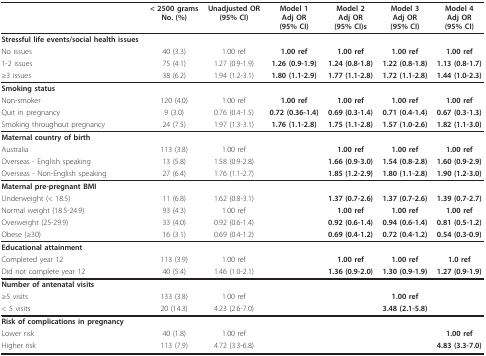
<table><thead><tr><td>[EMPTY_CELL]</td><td><b>&lt; 2500 gramsNo. (%)</b></td><td><b>Unadjusted OR(95% CI)</b></td><td><b>Model 1Adj OR(95% CI)</b></td><td><b>Model 2Adj OR(95% CI)s</b></td><td><b>Model 3Adj OR(95% CI)</b></td><td><b>Model 4Adj OR(95% CI)</b></td></tr></thead><tbody><tr><td><b>Stressful life events/social health issues</b></td><td>[EMPTY_CELL]</td><td>[EMPTY_CELL]</td><td>[EMPTY_CELL]</td><td>[EMPTY_CELL]</td><td>[EMPTY_CELL]</td><td>[EMPTY_CELL]</td></tr><tr><td>No issues</td><td>40 (3.3)</td><td>1.00 ref</td><td><b>1.00 ref</b></td><td><b>1.00 ref</b></td><td><b>1.00 ref</b></td><td><b>1.00 ref</b></td></tr><tr><td>1-2 issues</td><td>75 (4.1)</td><td>1.27 (0.9-1.9)</td><td><b>1.26 (0.9-1.9)</b></td><td><b>1.24 (0.8-1.8)</b></td><td><b>1.22 (0.8-1.8)</b></td><td><b>1.13 (0.8-1.7)</b></td></tr><tr><td>≥3 issues</td><td>38 (6.2)</td><td>1.94 (1.2-3.1)</td><td><b>1.80 (1.1-2.9)</b></td><td><b>1.77 (1.1-2.8)</b></td><td><b>1.72 (1.1-2.8)</b></td><td><b>1.44 (1.0-2.3)</b></td></tr><tr><td><b>Smoking status</b></td><td>[EMPTY_CELL]</td><td>[EMPTY_CELL]</td><td>[EMPTY_CELL]</td><td>[EMPTY_CELL]</td><td>[EMPTY_CELL]</td><td>[EMPTY_CELL]</td></tr><tr><td>Non-smoker</td><td>120 (4.0)</td><td>1.00 ref</td><td><b>1.00 ref</b></td><td><b>1.00 ref</b></td><td><b>1.00 ref</b></td><td><b>1.00 ref</b></td></tr><tr><td>Quit in pregnancy</td><td>9 (3.0)</td><td>0.76 (0.4-1.5)</td><td><b>0.72 (0.36-1.4)</b></td><td><b>0.69 (0.3-1.4)</b></td><td><b>0.71 (0.4-1.4)</b></td><td><b>0.67 (0.3-1.3)</b></td></tr><tr><td>Smoking throughout pregnancy</td><td>24 (7.5)</td><td>1.97 (1.3-3.1)</td><td><b>1.76 (1.1-2.8)</b></td><td><b>1.75 (1.1-2.8)</b></td><td><b>1.57 (1.0-2.6)</b></td><td><b>1.82 (1.1-3.0)</b></td></tr><tr><td><b>Maternal country of birth</b></td><td>[EMPTY_CELL]</td><td>[EMPTY_CELL]</td><td>[EMPTY_CELL]</td><td>[EMPTY_CELL]</td><td>[EMPTY_CELL]</td><td>[EMPTY_CELL]</td></tr><tr><td>Australia</td><td>113 (3.8)</td><td>1.00 ref</td><td>[EMPTY_CELL]</td><td><b>1.00 ref</b></td><td><b>1.00 ref</b></td><td><b>1.00 ref</b></td></tr><tr><td>Overseas - English speaking</td><td>13 (5.8)</td><td>1.58 (0.9-2.8)</td><td>[EMPTY_CELL]</td><td><b>1.66 (0.9-3.0)</b></td><td><b>1.54 (0.8-2.8)</b></td><td><b>1.60 (0.9-2.9)</b></td></tr><tr><td>Overseas - Non-English speaking</td><td>27 (6.4)</td><td>1.76 (1.1-2.7)</td><td>[EMPTY_CELL]</td><td><b>1.85 (1.2-2.9)</b></td><td><b>1.80 (1.1-2.8)</b></td><td><b>1.90 (1.2-3.0)</b></td></tr><tr><td><b>Maternal pre-pregnant BMI</b></td><td>[EMPTY_CELL]</td><td>[EMPTY_CELL]</td><td>[EMPTY_CELL]</td><td>[EMPTY_CELL]</td><td>[EMPTY_CELL]</td><td>[EMPTY_CELL]</td></tr><tr><td>Underweight (&lt; 18.5)</td><td>11 (6.8)</td><td>1.62 (0.8-3.1)</td><td>[EMPTY_CELL]</td><td><b>1.37 (0.7-2.6)</b></td><td><b>1.37 (0.7-2.6)</b></td><td><b>1.39 (0.7-2.7)</b></td></tr><tr><td>Normal weight (18.5-24.9)</td><td>93 (4.3)</td><td>1.00 ref</td><td>[EMPTY_CELL]</td><td><b>1.00 ref</b></td><td><b>1.00 ref</b></td><td><b>1.00 ref</b></td></tr><tr><td>Overweight (25-29.9)</td><td>33 (4.0)</td><td>0.92 (0.6-1.4)</td><td>[EMPTY_CELL]</td><td><b>0.92 (0.6-1.4)</b></td><td><b>0.94 (0.6-1.4)</b></td><td><b>0.81 (0.5-1.2)</b></td></tr><tr><td>Obese (≥30)</td><td>16 (3.1)</td><td>0.69 (0.4-1.2)</td><td>[EMPTY_CELL]</td><td><b>0.69 (0.4-1.2)</b></td><td><b>0.72 (0.4-1.2)</b></td><td><b>0.54 (0.3-0.9)</b></td></tr><tr><td><b>Educational attainment</b></td><td>[EMPTY_CELL]</td><td>[EMPTY_CELL]</td><td>[EMPTY_CELL]</td><td>[EMPTY_CELL]</td><td>[EMPTY_CELL]</td><td>[EMPTY_CELL]</td></tr><tr><td>Completed year 12</td><td>113 (3.9)</td><td>1.00 ref</td><td>[EMPTY_CELL]</td><td><b>1.00 ref</b></td><td><b>1.00 ref</b></td><td><b>1.0 ref</b></td></tr><tr><td>Did not complete year 12</td><td>40 (5.4)</td><td>1.46 (1.0-2.1)</td><td>[EMPTY_CELL]</td><td><b>1.36 (0.9-2.0)</b></td><td><b>1.30 (0.9-1.9)</b></td><td><b>1.27 (0.9-1.9)</b></td></tr><tr><td><b>Number of antenatal visits</b></td><td>[EMPTY_CELL]</td><td>[EMPTY_CELL]</td><td>[EMPTY_CELL]</td><td>[EMPTY_CELL]</td><td>[EMPTY_CELL]</td><td>[EMPTY_CELL]</td></tr><tr><td>≥5 visits</td><td>133 (3.8)</td><td>1.00 ref</td><td>[EMPTY_CELL]</td><td>[EMPTY_CELL]</td><td><b>1.00 ref</b></td><td>[EMPTY_CELL]</td></tr><tr><td>&lt; 5 visits</td><td>20 (14.3)</td><td>4.23 (2.6-7.0)</td><td>[EMPTY_CELL]</td><td>[EMPTY_CELL]</td><td><b>3.48 (2.1-5.8)</b></td><td>[EMPTY_CELL]</td></tr><tr><td><b>Risk of complications in pregnancy</b></td><td>[EMPTY_CELL]</td><td>[EMPTY_CELL]</td><td>[EMPTY_CELL]</td><td>[EMPTY_CELL]</td><td>[EMPTY_CELL]</td><td>[EMPTY_CELL]</td></tr><tr><td>Lower risk</td><td>40 (1.8)</td><td>1.00 ref</td><td>[EMPTY_CELL]</td><td>[EMPTY_CELL]</td><td>[EMPTY_CELL]</td><td><b>1.00 ref</b></td></tr><tr><td>Higher risk</td><td>113 (7.9)</td><td>4.72 (3.3-6.8)</td><td>[EMPTY_CELL]</td><td>[EMPTY_CELL]</td><td>[EMPTY_CELL]</td><td><b>4.83 (3.3-7.0)</b></td></tr></tbody></table>